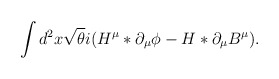
\begin{align*}\int d^2x \sqrt{\theta}i(H^{\mu}\ast\partial_{\mu}\phi-H\ast\partial_{\mu}B^{\mu}).\end{align*}